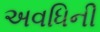
અવધિની